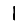
Digit: 1